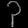
Digit: ၃